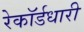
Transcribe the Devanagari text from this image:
रेकॉर्डधारी